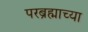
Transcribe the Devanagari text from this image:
परब्रह्माच्या